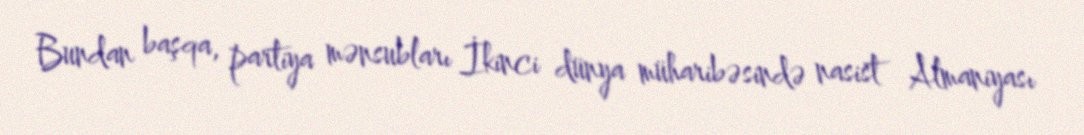
Bundan başqa, partiya mənsubları İkinci dünya müharibəsində nasist Almaniyası